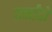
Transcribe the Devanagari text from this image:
एर्नांदो